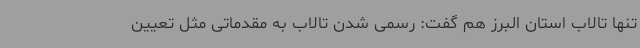
تنها تالاب استان البرز هم گفت: رسمی شدن تالاب به مقدماتی مثل تعیین